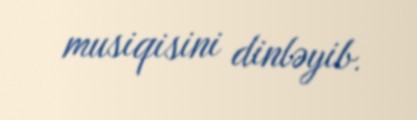
musiqisini dinləyib.